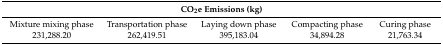
| <COLSPAN=5> CO2e Emissions (kg) |
 | --- | --- | --- | --- | --- |
 | Mixture mixing phase | Transportation phase | Laying down phase | Compacting phase | Curing phase |
 | 231,288.20 | 262,419.51 | 395,183.04 | 34,894.28 | 21,763.34 |